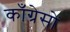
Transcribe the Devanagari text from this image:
काँग्रेसो